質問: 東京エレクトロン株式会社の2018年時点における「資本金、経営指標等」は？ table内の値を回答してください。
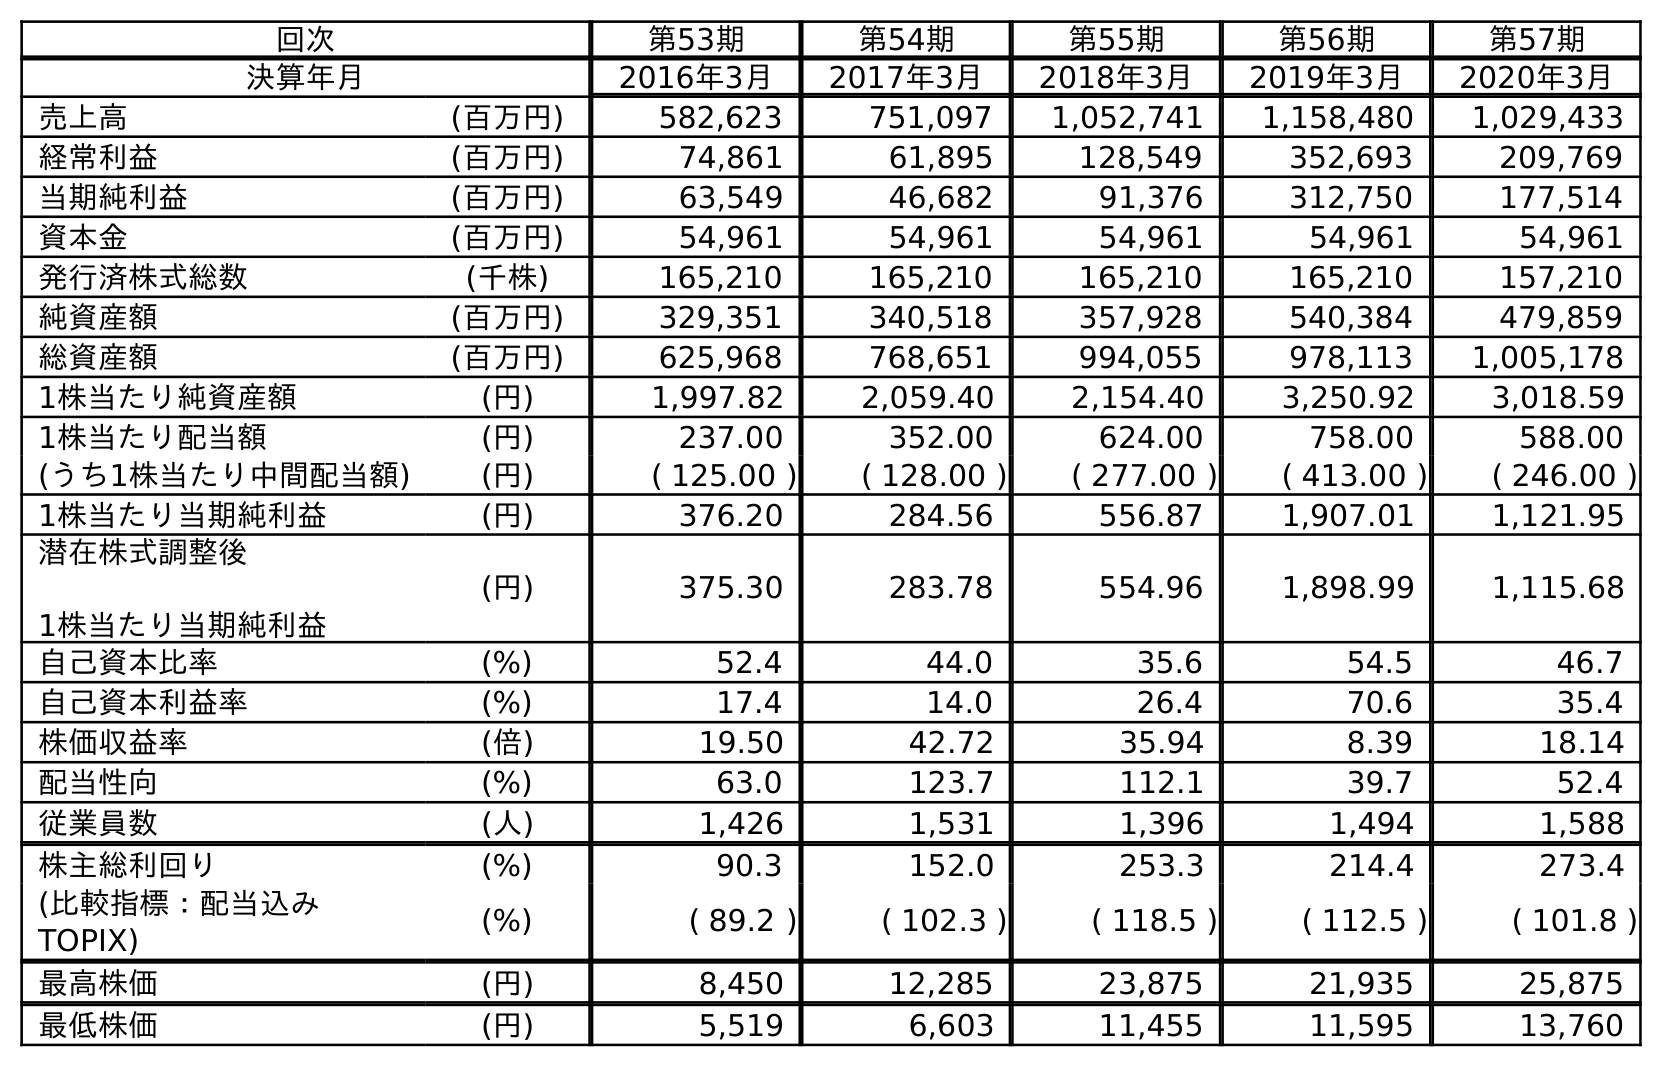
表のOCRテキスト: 回次 第53期 第54期 第55期 第56期 第57期 決算年月 2016年3月 2017年3月 2018年3月 2019年3月 2020年3月 売上高 (百万円) 582,623 751,097 1,052,741 1,158,480 1,029,433 経常利益 (百万円) 74,861 61,895 128,549 352,693 209,769 当期純利益 (百万円) 63,549 46,682 91,376 312,750 177,514 資本金 (百万円) 54,961 54,961 54,961 54,961 54,961 発行済株式総数 (千株) 165,210 165,210 165,210 165,210 157,210 純資産額 (百万円) 329,351 340,518 357,928 540,384 479,859 総資産額 (百万円) 625,968 768,651 994,055 978,113 1,005,178 1株当たり純資産額 (円) 1,997.82 2,059.40 2,154.40 3,250.92 3,018.59 1株当たり配当額 (円) 237.00 352.00 624.00 758.00 588.00 (うち1株当たり中間配当額) (円) ( 125.00 ) ( 128.00 ) ( 277.00 ) ( 413.00 ) ( 246.00 ) 1株当たり当期純利益 (円) 376.20 284.56 556.87 1,907.01 1,121.95 潜在株式調整後 1株当たり当期純利益 (円) 375.30 283.78 554.96 1,898.99 1,115.68 自己資本比率 (%) 52.4 44.0 35.6 54.5 46.7 自己資本利益率 (%) 17.4 14.0 26.4 70.6 35.4 株価収益率 (倍) 19.50 42.72 35.94 8.39 18.14 配当性向 (%) 63.0 123.7 112.1 39.7 52.4 従業員数 (人) 1,426 1,531 1,396 1,494 1,588 株主総利回り (%) 90.3 152.0 253.3 214.4 273.4 (比較指標：配当込み TOPIX) (%) ( 89.2 ) ( 102.3 ) ( 118.5 ) ( 112.5 ) ( 101.8 ) 最高株価 (円) 8,450 12,285 23,875 21,935 25,875 最低株価 (円) 5,519 6,603 11,455 11,595 13,760
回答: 54,961